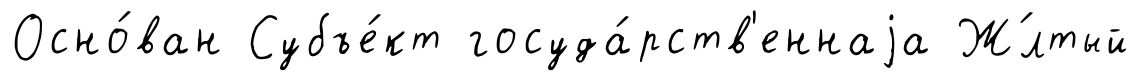
Осно́ван Субъе́кт госуда́рств'еннаjа Ж́лтый